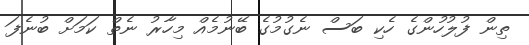
ތިން ފުލުހުންގެ ހެކި ބަސް ނެގުމުގެ ބޭނުމެއް މިހާރު ނެތް ކަމަށް ބުނެފަ